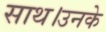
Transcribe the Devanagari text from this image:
साथ।उनके